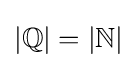
|\mathbb {Q} |=|\mathbb {N} |